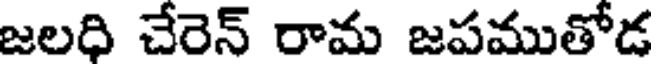
జలది చేరెన్ రామ జపముతోడ